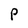
Character: P